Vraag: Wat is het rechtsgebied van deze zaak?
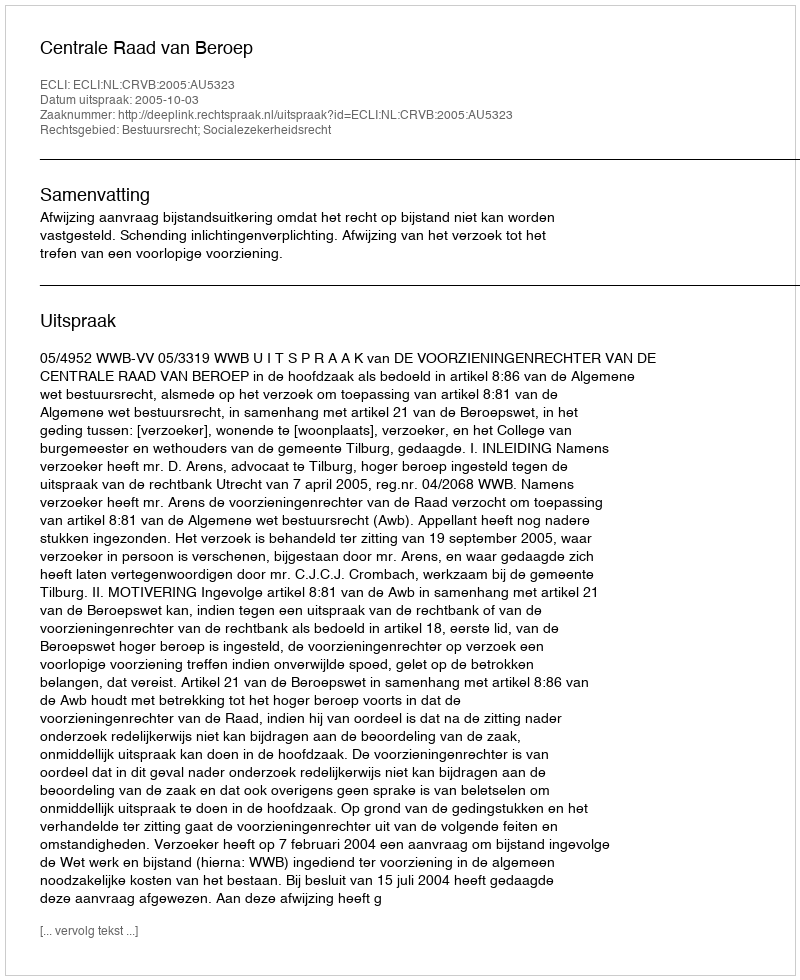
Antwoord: Bestuursrecht; Socialezekerheidsrecht